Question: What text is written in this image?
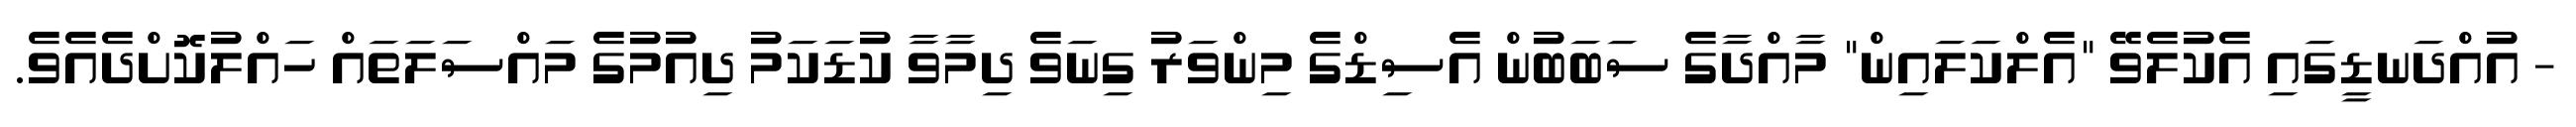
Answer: - އުއްދަނޑީގައި އެކުލެވޭ "އެލްކަލައިން" މާއްދާގެ ސަބަބުން އެސިޑްގެ މިންވަރު ގިނަވެ ދިމާވާ ކުޑަކަމު ދިއުމުގެ މައްސަލަތައް ހައްލުކޮށްދެއެވެ.